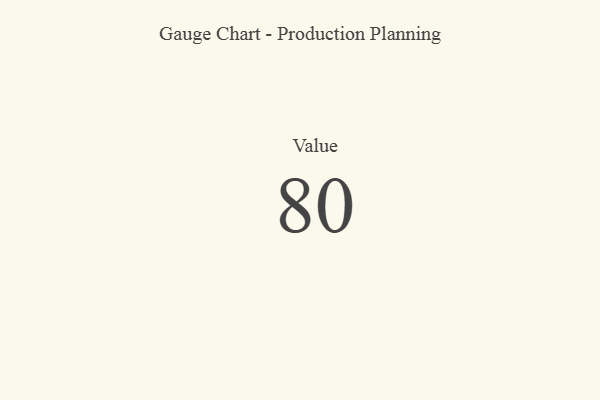
{"axis": {"x": "Metric", "y": "Value"}, "legend": [""], "data": [{"x": "Value", "y": 80, "type": ""}]}